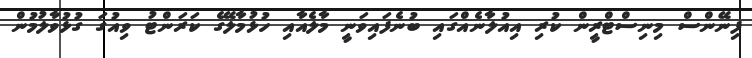
ފިނޭންސް މިނިސްޓްރީން ކުރި އިއުލާނެއްގައި ބުނެފައިވަނީ މާލެއާއި ހުޅުމާލޭގެ ކަރަންޓު ވިއުގަ ގުޅުވާލުމުން